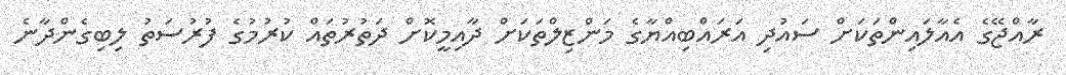
ރާއްޖޭގެ އެއާލައިންތަކަށް ސައުދި އަރައްބިއްޔާގެ މަންޒިލްތަކަށް ދާއިމީކޮށް ދަތުރުތައް ކުރުމުގެ ފުރުސަތު ލިބިގެންދާނެ